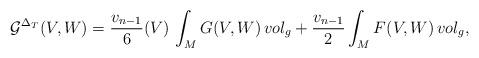
LaTeX: \begin{align*}\mathcal{G}^{\Delta _{T}}(V,W)= {\frac{v_{n-1}}{6}} (V)\,\int _{M} G(V,W)\, vol_{g} + {\frac{v_{n-1}}{2}} \int _{M} F(V,W)\, vol_{g},\end{align*}